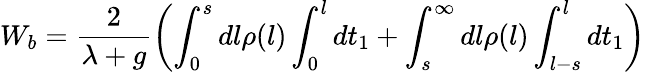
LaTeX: W_{b}=\frac{2}{\lambda+g}\left(\int_{0}^{s}dl\rho(l)\int_{0}^{l}dt_{1}+\int_{s}^{\infty}dl\rho(l)\int_{l-s}^{l}dt_{1}\right)